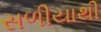
સળીયાથી